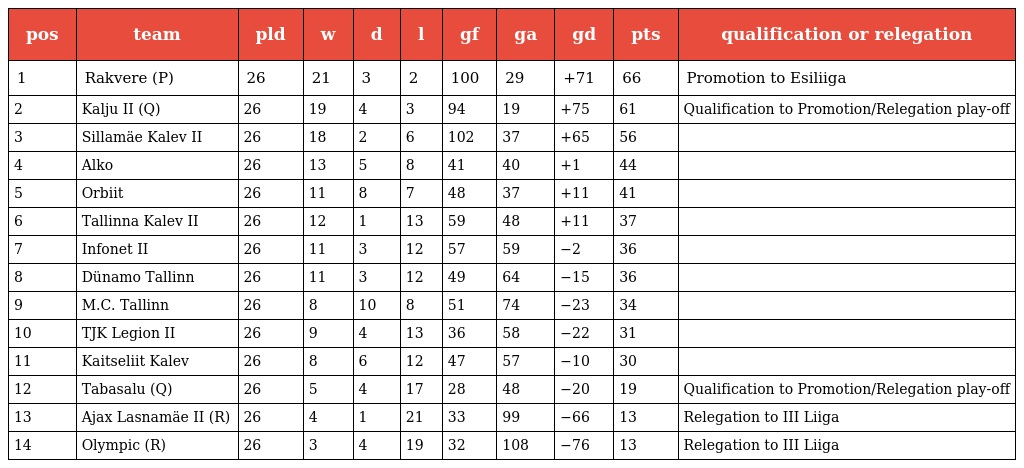
| pos | team | pld | w | d | l | gf | ga | gd | pts | qualification or relegation |
 | --- | --- | --- | --- | --- | --- | --- | --- | --- | --- | --- |
 | 1 | Rakvere (P) | 26 | 21 | 3 | 2 | 100 | 29 | +71 | 66 | Promotion to Esiliiga |
 | 2 | Kalju II (Q) | 26 | 19 | 4 | 3 | 94 | 19 | +75 | 61 | Qualification to Promotion/Relegation play-off |
 | 3 | Sillamäe Kalev II | 26 | 18 | 2 | 6 | 102 | 37 | +65 | 56 |  |
 | 4 | Alko | 26 | 13 | 5 | 8 | 41 | 40 | +1 | 44 |  |
 | 5 | Orbiit | 26 | 11 | 8 | 7 | 48 | 37 | +11 | 41 |  |
 | 6 | Tallinna Kalev II | 26 | 12 | 1 | 13 | 59 | 48 | +11 | 37 |  |
 | 7 | Infonet II | 26 | 11 | 3 | 12 | 57 | 59 | −2 | 36 |  |
 | 8 | Dünamo Tallinn | 26 | 11 | 3 | 12 | 49 | 64 | −15 | 36 |  |
 | 9 | M.C. Tallinn | 26 | 8 | 10 | 8 | 51 | 74 | −23 | 34 |  |
 | 10 | TJK Legion II | 26 | 9 | 4 | 13 | 36 | 58 | −22 | 31 |  |
 | 11 | Kaitseliit Kalev | 26 | 8 | 6 | 12 | 47 | 57 | −10 | 30 |  |
 | 12 | Tabasalu (Q) | 26 | 5 | 4 | 17 | 28 | 48 | −20 | 19 | Qualification to Promotion/Relegation play-off |
 | 13 | Ajax Lasnamäe II (R) | 26 | 4 | 1 | 21 | 33 | 99 | −66 | 13 | Relegation to III Liiga |
 | 14 | Olympic (R) | 26 | 3 | 4 | 19 | 32 | 108 | −76 | 13 | Relegation to III Liiga |